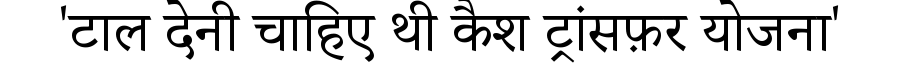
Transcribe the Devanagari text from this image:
'टाल देनी चाहिए थी कैश ट्रांसफ़र योजना'